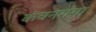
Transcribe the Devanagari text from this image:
कंचनगंगा